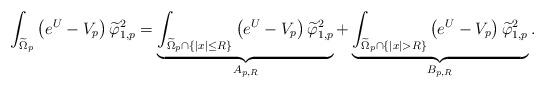
LaTeX: \begin{align*}\int_{\widetilde{\Omega}_p}\left(e^U- V_p\right)\widetilde{\varphi}_{1,p}^2= \underbrace{\int_{\widetilde{\Omega}_p\cap\{|x|\leq R\}}\left(e^U- V_p\right)\widetilde{\varphi}_{1,p}^2}_{A_{p,R}} +\underbrace{\int_{\widetilde{\Omega}_p\cap\{|x|> R\}}\left(e^U- V_p\right)\widetilde{\varphi}_{1,p}^2}_{B_{p,R}}.\end{align*}